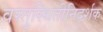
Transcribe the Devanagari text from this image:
वस्तुस्थितीनिदर्शक